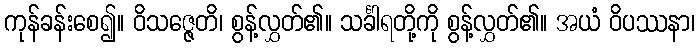
ကုန်ခန်းစေ၍။ ဝိသဇ္ဇေတိ၊ စွန့်လွှတ်၏။ သင်္ခါရတို့ကို စွန့်လွှတ်၏။ အယံ ဝိပဿနာ၊